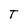
Character: T